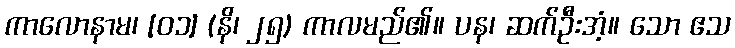
ကာလောနာမ၊ [၀၁] (နိ၊ ၂၅) ကာလမည်၏။ ပန၊ ဆက်ဦးအံ့။ သော ဧသ